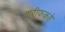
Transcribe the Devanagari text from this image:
शरीफकडे